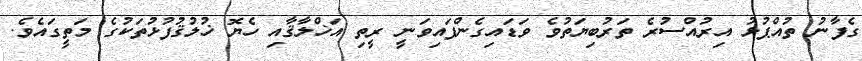
ގެފާނު ތުއްޕުޅު އިރުއްސުރެ ތަރުބިޔަތުވެ ވަޑައިގެންފައިވަނީ ރީތި އަޚްލާޤާއި ހެޔޮ ޚުލުޤުފުޅުތަކުގެ މަތީގައެވެ.